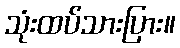
သုံးထပ်သားပြား။